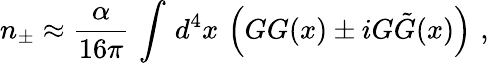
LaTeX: n_{\pm}\approx\frac\alpha{16\pi}\, \int\, d^{4}x\, \left(GG(x)\pm iG\tilde{G}(x)\right)\, \, ,